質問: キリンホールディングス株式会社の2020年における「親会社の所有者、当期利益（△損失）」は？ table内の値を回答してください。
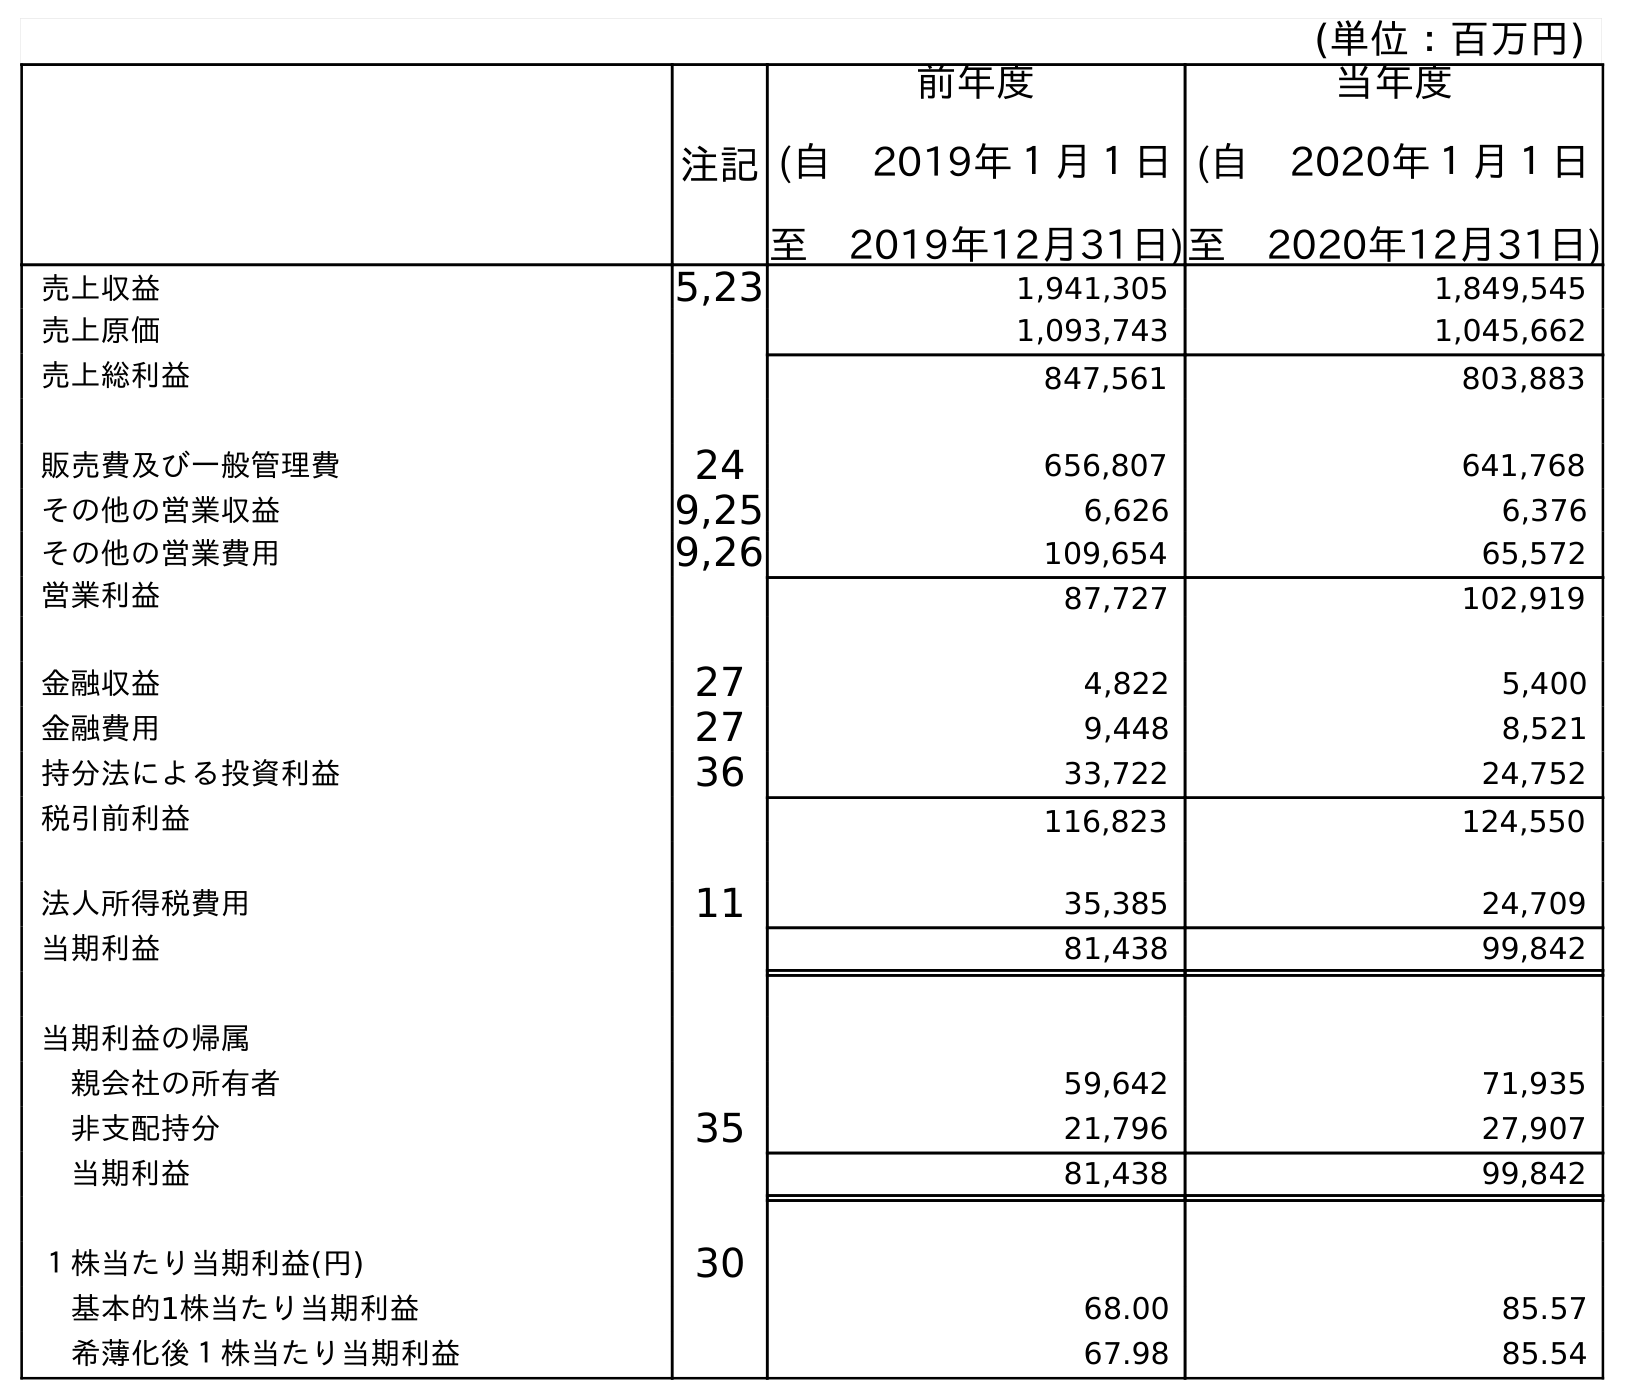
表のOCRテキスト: (単位：百万円) 注記 前年度 (自 2019年１月１日 至 2019年12月31日) 当年度 (自 2020年１月１日 至 2020年12月31日) 売上収益 5,23 1,941,305 1,849,545 売上原価 1,093,743 1,045,662 売上総利益 847,561 803,883 販売費及び一般管理費 24 656,807 641,768 その他の営業収益 9,25 6,626 6,376 その他の営業費用 9,26 109,654 65,572 営業利益 87,727 102,919 金融収益 27 4,822 5,400 金融費用 27 9,448 8,521 持分法による投資利益 36 33,722 24,752 税引前利益 116,823 124,550 法人所得税費用 11 35,385 24,709 当期利益 81,438 99,842 当期利益の帰属 親会社の所有者 59,642 71,935 非支配持分 35 21,796 27,907 当期利益 81,438 99,842 １株当たり当期利益(円) 30 基本的1株当たり当期利益 68.00 85.57 希薄化後１株当たり当期利益 67.98 85.54
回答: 71,935